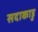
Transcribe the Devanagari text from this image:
सदाकाडु